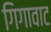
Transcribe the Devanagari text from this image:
गिगावाट